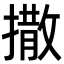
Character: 撒